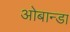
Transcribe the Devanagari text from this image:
ओबान्डा